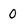
Character: 0